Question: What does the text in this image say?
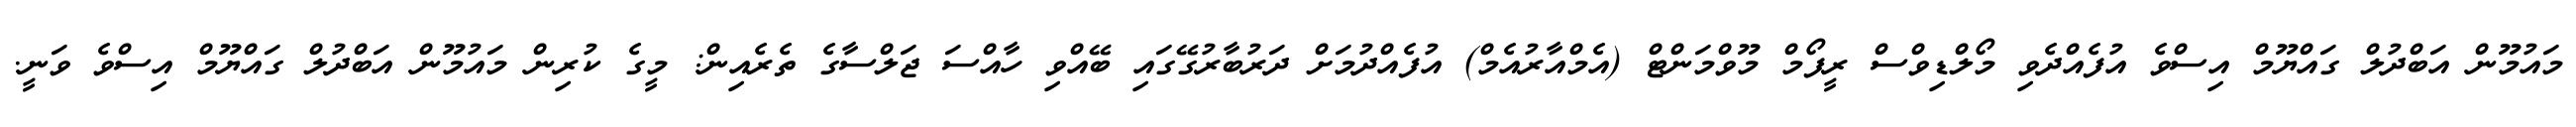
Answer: މައުމޫން އަބްދުލް ގައްޔޫމް އިސްވެ އުފެއްދެވި މޯލްޑިވްސް ރީފޯމް މޫވްމަންޓް (އެމްއާރުއެމް) އުފެއްދުމަށް ދަރުބާރުގޭގައި ބޭއްވި ހާއްސަ ޖަލްސާގެ ތެރެއިން: މީގެ ކުރިން މައުމޫން އަބްދުލް ގައްޔޫމް އިސްވެ ވަނީ.